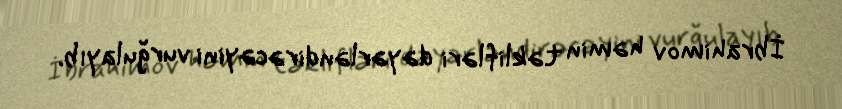
İbrahimov həmin təklifləri dəyərləndirəcəyini vurğulayıb.